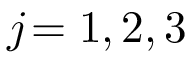
j \! = 1 , 2 , 3